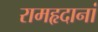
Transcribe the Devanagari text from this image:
रामहृदानां